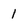
Character: 1